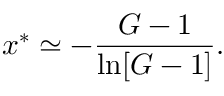
x ^ { * } \simeq - { \frac { G - 1 } { \ln [ G - 1 ] } } .